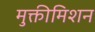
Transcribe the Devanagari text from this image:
मुक्तीमिशन